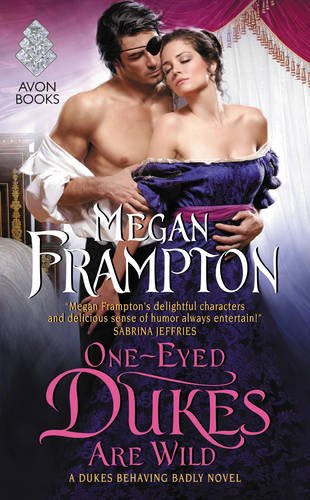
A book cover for One-Eyed Dukes Are Wild: A Dukes Behaving Badly Novel; Megan Frampton; Romance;